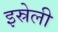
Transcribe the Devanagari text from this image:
इस्रेली